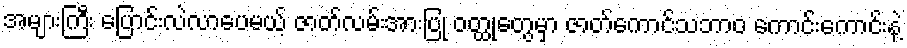
အများကြီး ပြောင်းလဲလာပေမယ့် ဇာတ်လမ်းအားပြု ဝတ္ထုတွေမှာ ဇာတ်ကောင်သဘာဝ ကောင်းကောင်းနဲ့